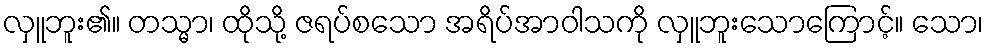
လှူဘူး၏။ တသ္မာ၊ ထိုသို့ ဇရပ်စသော အရိပ်အာဝါသကို လှူဘူးသောကြောင့်။ သော၊